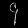
Digit: ၄